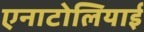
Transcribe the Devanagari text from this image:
एनाटोलियाई